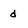
Character: d